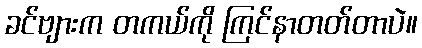
ခင်ဗျားက တကယ်ကို ကြင်နာတတ်တာပဲ။